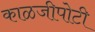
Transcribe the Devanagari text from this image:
काळजीपोटी